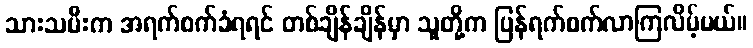
သားသမီးက အရက်စက်ခံရရင် တစ်ချိန်ချိန်မှာ သူတို့က ပြန်ရက်စက်လာကြလိမ့်မယ်။